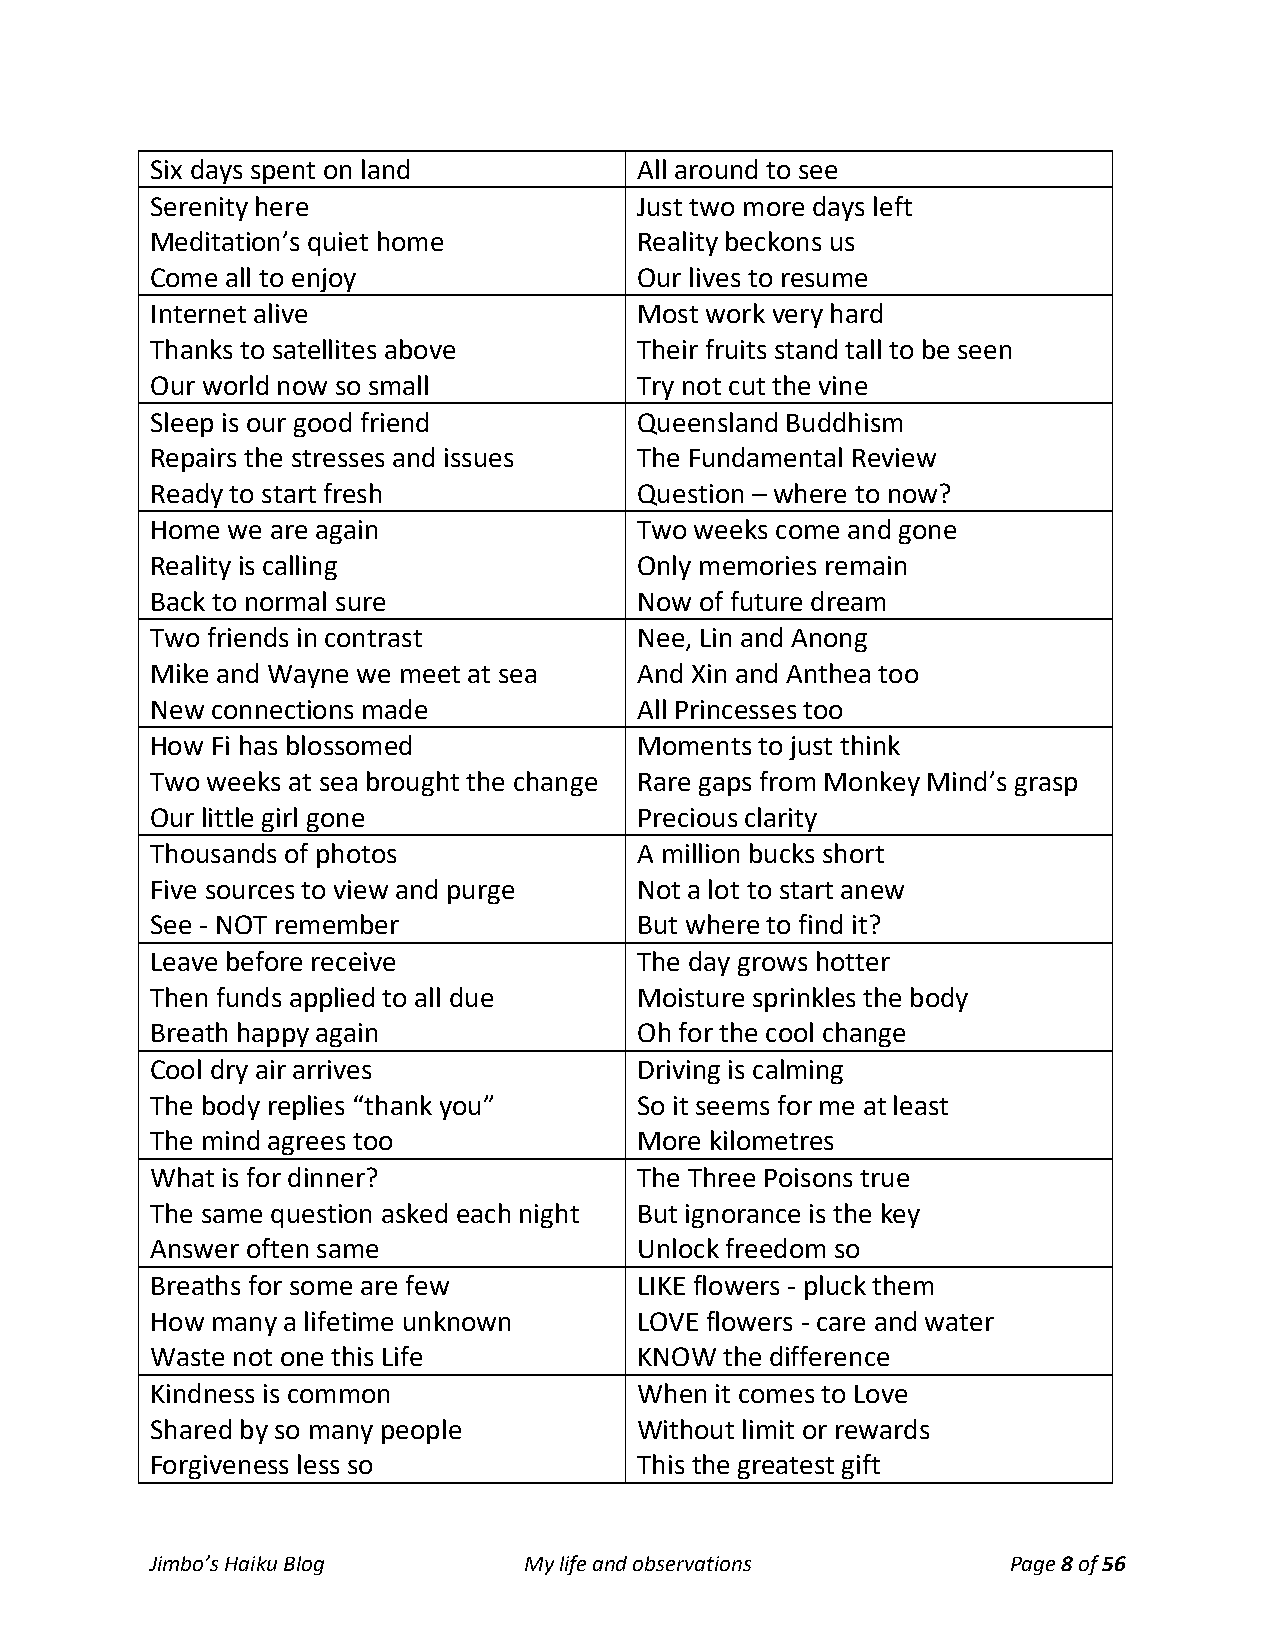
Six days spent on land          All around to see
 Serenity here                   Just two more days left
 Meditation’s quiet home         Reality beckons us
 Come all to enjoy               Our lives to resume
 Internet alive                  Most work very hard
 Thanks to satellites above      Their fruits stand tall to be seen
 Our world now so small          Try not cut the vine
 Sleep is our good friend        Queensland Buddhism
 Repairs the stresses and issues The Fundamental Review
 Ready to start fresh            Question – where to now?
 Home we are again               Two weeks come and gone
 Reality is calling              Only memories remain
 Back to normal sure             Now of future dream
 Two friends in contrast         Nee, Lin and Anong
 Mike and Wayne we meet at sea   And Xin and Anthea too
 New connections made            All Princesses too
 How Fi has blossomed            Moments to just think
 Two weeks at sea brought the change Rare gaps from Monkey Mind’s grasp
 Our little girl gone            Precious clarity
 Thousands of photos             A million bucks short
 Five sources to view and purge  Not a lot to start anew
 See - NOT remember              But where to find it?
 Leave before receive            The day grows hotter
 Then funds applied to all due   Moisture sprinkles the body
 Breath happy again              Oh for the cool change
 Cool dry air arrives            Driving is calming
 The body replies “thank you”    So it seems for me at least
 The mind agrees too             More kilometres
 What is for dinner?             The Three Poisons true
 The same question asked each night But ignorance is the key
 Answer often same               Unlock freedom so
 Breaths for some are few        LIKE flowers - pluck them
 How many a lifetime unknown     LOVE flowers - care and water
 Waste not one this Life         KNOW  the difference
 Kindness is common              When it comes to Love
 Shared by so many people        Without limit or rewards
 Forgiveness less so             This the greatest gift
 Jimbo’s Haiku Blog       My life and observations        Page 8 of 56